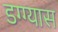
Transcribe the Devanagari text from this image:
डग्ग्यास